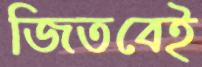
জিতবেই